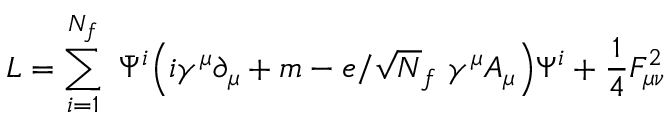
{ \cal L } = \sum _ { i = 1 } ^ { N _ { f } } ~ \bar { { \Psi } } ^ { i } \Big ( i \gamma ^ { \mu } \partial _ { \mu } + m - e / \sqrt N _ { f } ~ \gamma ^ { \mu } A _ { \mu } \Big ) \Psi ^ { i } + \frac { 1 } { 4 } F _ { { \mu } { \nu } } ^ { 2 }